Annual report of the Bengal Veterinary College and of the Civil Veterinary Department, Bengal, for the year 1912-1913 - 1912-1913
Year: 1912
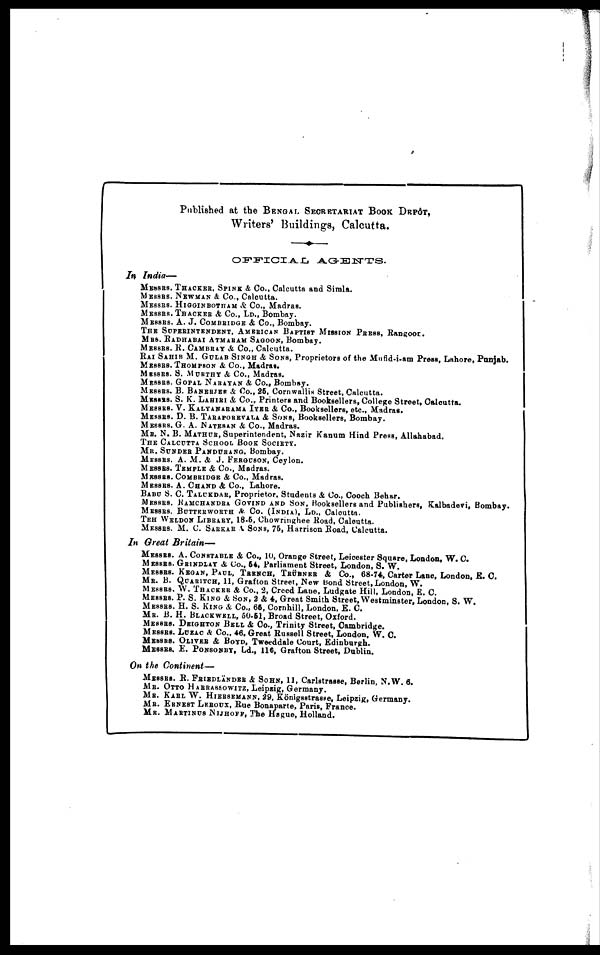
Published at the BENGAL SECRETARIAT BOOK DEPOT,
Writers' Buildings, Calcutta.
OFFICIAL
AGENTS.
In India—
MESSRS. THACKER, SPINK & Co., Calcutta and Simla.
MESSRS. NEWMAN & Co., Calcutta.
MESSRS. HIGGINBOTHAM & Co., Madras.
MESSRS. THACKER & Co., LD., Bombay.
MESSRS. A. J. COMBRIDGE & Co., Bombay.
THE SUPERINTENDENT, AMERICAN BAPTIST MISSION PRESS, Rangoon.
MRS. RADHABAI ATMARAM SAGOON, Bombay.
MESSRS. R. CAMBRAY & Co., Calcutta.
RAI SAHIB M. GULAB SINGH & SONS, Proprietors of the Mufid-i-am Press, Lahore, Punjab.
MESSRS. THOMPSON &, Co., Madras.
MESSRS. S. MURTHY & Co., Madras.
MESSRS. GOPAL NARAYAN & Co., Bombay.
MESSRS. B. BANERJEE & Co., 25, Cornwallis Street, Calcutta.
MESSRS. S. K. LAHIRI & Co., Printers and Booksellers, College Street, Calcutta.
MESSRS. V. KALYANARAMA IYER & Co., Booksellers, etc., Madras.
MESSRS. D. B. TARAPOREVALA & SONS, Booksellers, Bombay.
MESSRS. G. A. NATESAN & Co., Madras.
Mr. N. B. MATHUR, Superintendent, Nazir Kanum Hind Press, Allahabad.
THE CALCUTTA SCHOOL BOOK SOCIETY.
MR. SUNDER PANDURANG, Bombay.
MESSRS. A. M. & J. FERGUSON, Ceylon.
MESSRS. TEMPLE & Co., Madras.
MESSRS. COMBRIDGE & Co., Madras.
MESSRS. A. CHAND & Co., Lahore.
BABU S. C. TALUKDAR, Proprietor, Students & Co., Cooch Behar.
MESSRS. RAMCHANDRA GOVIND AND SON, Booksellers and Publishers, Kalbadevi, Bombay.
MESSRS. BUTTERWORTH & Co. (INDIA), LD., Calcutta.
TEH WELDON LIBRARY, 18-6, Chowringhee Road, Calcutta.
MESSRS. M. C. SARKAR & SONS, 75, Harrison Road, Calcutta.
In Great
Britain—
MESSRS. A. CONSTABLE & Co., 10, Orange Street, Leicester Square, London, W. C.
MESSRS. GRINDLAY & Co., 54, Parliament Street, London, S. W.
MESSRS. KEGAN, PAUL, TRENCH, TRÜBNER & Co., 68-74, Carter Lane, London, E. C.
Mr. B. QUARITCH, 11, Grafton Street, New bond Street, London, W.
MESSRS. W. THACKER & Co., 2, Creed Lane, Ludgate Hill, London, E. C.
MESSRS. P. S. KING & SON, 2 & 4, Great Smith Street, Westminster, London, S. W.
MESSRS. H. S. KING & Co., 66, Cornhill, London, E. C.
Mr. B. H. BLACKWELL, 50-51, Broad Street, Oxford.
MESSRS. DEIGHTON BELL & Co., Trinity Street, Cambridge.
MESSRS. LUZAC & Co., 46, Great Russell Street, London, W. C.
MESSRS. OLIVER & BOYD, Tweeddale Court, Edinburgh.
MESSRS. E. PONSONBY, Ld., 116, Grafton Street, Dublin.
On the
Continent—
MESSRS. R. FRIEDLÄNDER & SOHN, 11, Caristrasse, Berlin, N.W. 6.
MR. OTTO HARRASSOWITZ, Leipzig, Germany.
MR. KARL W. HIERSEMANN, 29, Königsstrasse, Leipzig, Germany.
MR. ERNEST LEROUX, Rue Bonaparte, Paris, Prance.
MR. MARTINUS NIJHOFF, The Hague, Holland.